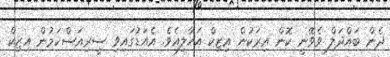
ދެން ބައްދަލް ވެވޭނީ ކޮން އިރަކުން އިޒިކް އަހާލިއެވެ. އެއަޑުގައިވި ސީރިއަސްކަމުން އިޒިކް